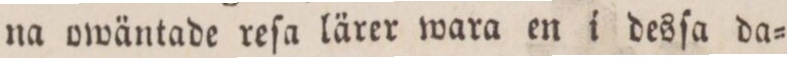
na owäntade reſa lärer wara en i desſa da=